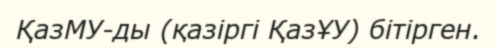
ҚазМУ-ды (қазіргі ҚазҰУ) бітірген.